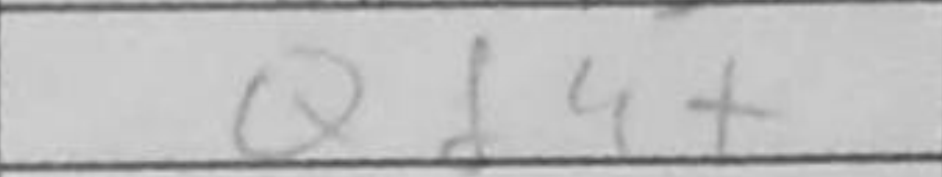
Transcription: Qd4+